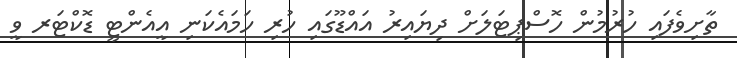
ތާށިވެފައި ހުރުމުން ހޮސްޕިޓަލަށް ދިޔައިރު އައްޑޫގައި ހުރި ހަމައެކަނި އީއެންޓީ ޑޮކްޓަރ ވީ